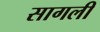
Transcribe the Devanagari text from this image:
सागली